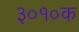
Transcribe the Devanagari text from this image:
३०१०क